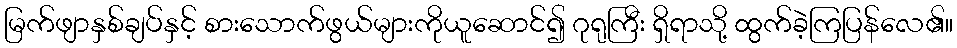
မြက်ဖျာနှစ်ချပ်နှင့် စားသောက်ဖွယ်များကိုယူဆောင်၍ ဂုရုကြီး ရှိရာသို့ ထွက်ခဲ့ကြပြန်လေ၏။